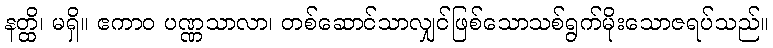
နတ္ထိ၊ မရှိ။ ဧကာဝ ပဏ္ဏသာလာ၊ တစ်ဆောင်သာလျှင်ဖြစ်သောသစ်ရွက်မိုးသောဇရပ်သည်။